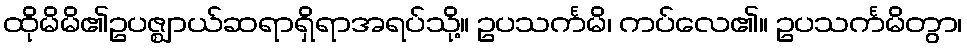
ထိုမိမိ၏ဥပဇ္ဈာယ်ဆရာရှိရာအရပ်သို့။ ဥပသင်္ကမိ၊ ကပ်လေ၏။ ဥပသင်္ကမိတွာ၊